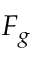
F _ { g }